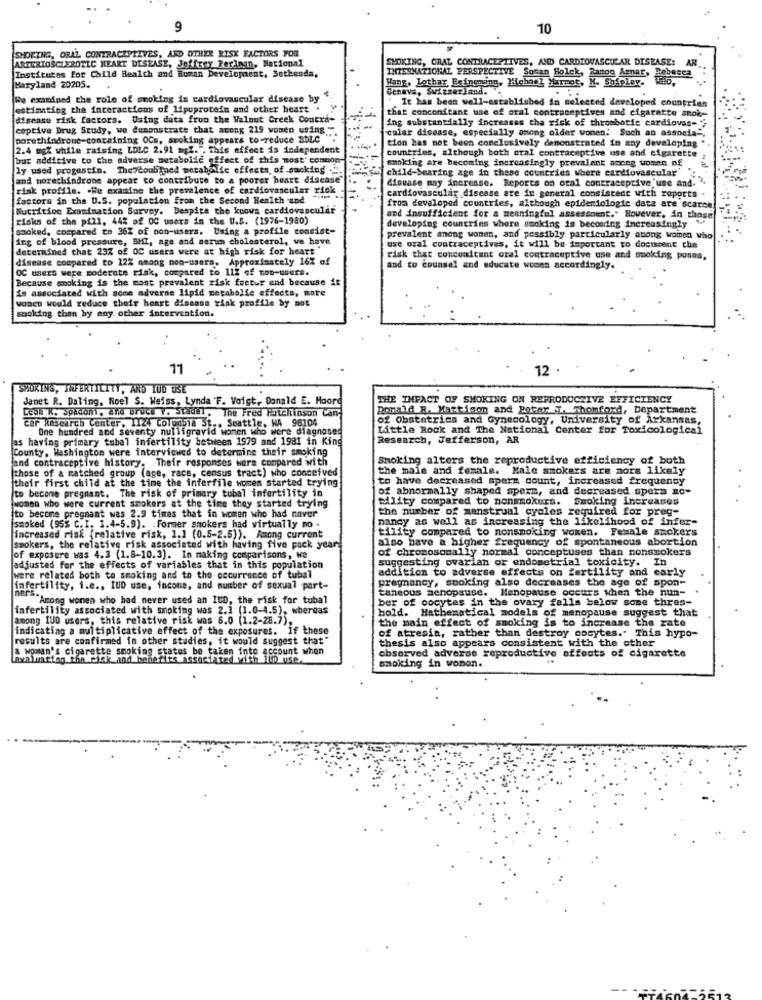
9
10
SMOKING, ORAL CONTRACEPTIVES, AND OTHER RISK FACTORS FOR
SMOKING, ORAL CONTRACEPTIVES, AND CARDIOVASCULAR DISEASE: AN
ARTERIOSCLEROTIC HEART DISEASE, Jeffrey Feringn, National
INTERNATIONAL PERSPECTIVE Susan Holck, Zanog Asnar, Bebesca
Institutes for Child Health and Human Development, Bethesda,
Hans, Lothar Esingunn, Hehas] Marmot, M. Shipley. W
Maryland 20205.
Geneva, Switzerland.
Re examined the role of smoking is cardiovascular disease by
It has been well-established in selected developed countries
estimating the interactions of lipoprotein and other heart .
that conconitant use of oral contraceptives and cigaratte smok-
Misease risk factors. Using data from the Walnut Creek Contra-
coptive Drug Study, we demonstrate that acong 219 women using
ing substantially increases the risk of thrombotie cardiovas-
cular disease, especially among older wonen: Such an associs".
porethindrone-containing OCs, scoking appears to-reduce SDLC
tion has not been conclusively demonstrated in any developing"
2.4 mg% while raising LDLC 2.91 mgZ. " This effect is independent
countries, although both oral contraceptive ose and cigarette
but additive to che adverse metabolic effect of this most' comnon-
smoking are becoming increasingly prevalent ancog women of
ly used progestin. The doubtned metabolic effects, of sacking ..
"child-bearing age in these countries where cardiovascular'
and morechindrone appear to contribute to a poorer heart disease
disease may increase. Reports on oral contraceptive'use and. ",
risk profile. . We examine the prevalence of cardiovascular risk
cardiovascular disease are in general consistent with reports
factors in the U.S. population from the Second Health and
Nutrition Examination Survey. Despite the kuows cardiovascular
from developed countries, although epidemiologic data are scarce
risks of the pill, 44% of OC users in the U.S. (1976-1980)
and insufficient for a meaningful assessment .. However, in those
smoked, compared to 36% of non-users. Using a profile consist-
developing countries where smoking is becoming increasingly
ing of blood pressure, BHI, age and serum cholesterol, ve have
prevalent anong wonen, and possibly particularly among women who
determined that 23% of OC users were at high risk for heart"
use oral contraceptives, it will be important to doctsont the
disease compared to 22% among non-users. Approximately 16% of
risk that concomitant oral contraceptive use and smoking poses,
OC users were moderate risk, compared to 112 of non-users.
and co counsel and educate women accordingly.
Because smoking is the most prevalent risk fretur and because it
is associated with some adverne lipid metabolie effects, more
wonen would reduce their heart disease zisk profile by not
moking than by any other intervention.
11
12
SHOKINS, INFERTILITY, AND YOU DBE
Janet R. Daling, Noel S. Weiss, Lynda 'F. Voigt, Donald E. Hoorg
THE IMPACT OF SMOKING ON REPRODUCTIVE EFFICIENCY
Donald R. Mattison and Pater L. Thomford, Department
Lede K. Spadoni, and Bruce Y. Stadel. The Fred Hutchinson Can;
of Obstetrics and Gynecology, University of Arkansas,
car Research Center, 112, colombia St .. Seattle, WA 96104
One hundred and seventy nulligravid women who were
Little Rock and The National Center for Toxicological
as having primary tubal infertility between 1979 and 1981 in King
ho were diagnosed
Research, Jefferson, AR
[County, Washington were interviewed to determine their smoking
and contraceptive history. Their responses were compared with
Smoking alters the reproductive efficiency of both
those of a matched group (age, race, census tract) who conceived
the male and female. Male smokers are more likely
their first child at the time the inferfile women started trying
to have decreased sperm count, increased frequency
of abnormally shaped sperm, and decreased spera mo-
to become pregnant. The risk of primary tubal infertility in
tility compared to nonsmokers.
Smoking increases
[women who were current smokers at the time they started trying
the number of menstrual cycles required for preg-
to become pregnant was 2.9 times that in women who had naver
nancy as well as increasing the likelihood of infer-
smoked (95% C. I. 1.4-5.9). . Former smokers had virtually no .
tility compared to nonsmoking women. Female smokers
increased risk (relative risk, 1.1 (0.5-2.5)). Among current
also have a higher frequency of spontaneous abortion
smokers, the relative risk associated with having five pack years
of chromosomally normal conceptuses than nonsmokers
of exposure was 4.3 (1.8-10.3). In making comparisons, we
suggesting ovarian or endometrial toxicity. In
adjusted for the effects of variables that in this population
addition to adverse effects on fertility and early
were related both to smoking and to the occurrence of tubal
pregnancy, smoking also decreases the age of spon-
infertility, i.e ., IUD use, income, and number of sexual part-
taneous menopause. Menopause occurs when the num-
"Among wonen who had never used an ICD, the risk for tubal
ber of cocytes in the ovary falls below some thres-
infertility associated with smoking was 2.1 (1.0-4.5), whereas
hold. Mathematical models of menopause suggest that
among IUD users, this relative risk was 6.0 (1.2-28.7).
the main effect of smoking is to increase the rate
indicating a multiplicative effect of the exposures. If these
results are confirmed in other studies, it would suggest that"
thesis also appears consistent with the other
of atresia, rather than destroy cocytes." This hypo-
awoman's cigarette smoking states be taken into account when
observed adverse reproductive effects of cigarette
Land
smoking in wonon.